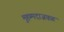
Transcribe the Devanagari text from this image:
मुहम्मदाजवळ